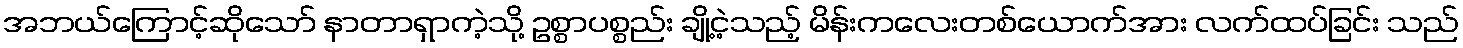
အဘယ်ကြောင့်ဆိုသော် နာတာရှာကဲ့သို့ ဥစ္စာပစ္စည်း ချို့ငဲ့သည့် မိန်းကလေးတစ်ယောက်အား လက်ထပ်ခြင်း သည်